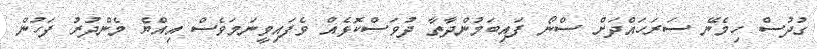
ގުދުސް ހިމެނޭ ސަރަހައްދަށް ސްނޯ ފައިބަމުންދާތާ ދުވަސްކޮޅެއް ވެފައިވީނަމަވެސް އިއްޔެ މެންދުރު ފަހުން